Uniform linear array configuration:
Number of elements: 12
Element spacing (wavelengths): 0.25
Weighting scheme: exponential
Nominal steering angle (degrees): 0
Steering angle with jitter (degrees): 1.582
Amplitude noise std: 0.05
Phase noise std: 0.05

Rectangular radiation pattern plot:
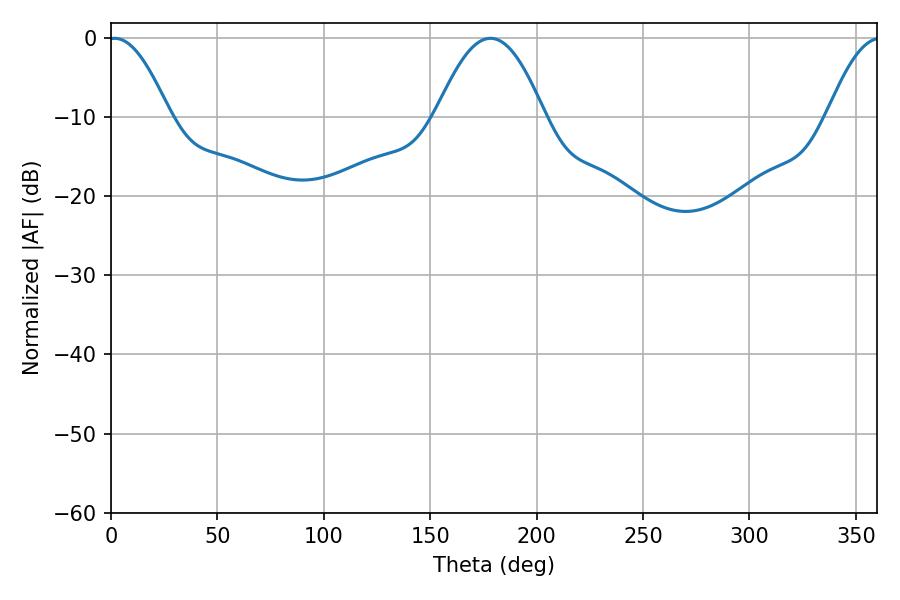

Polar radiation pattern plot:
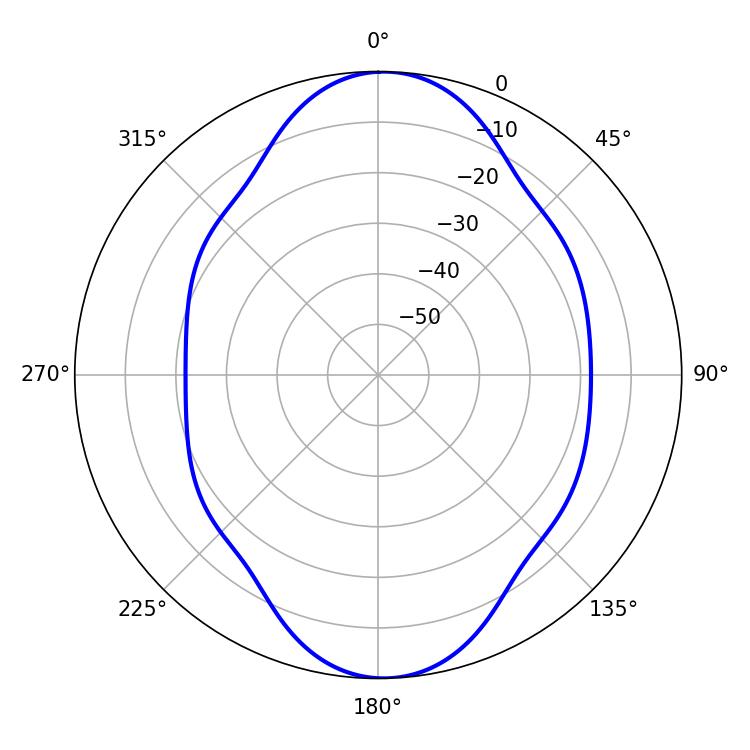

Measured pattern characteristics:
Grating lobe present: FALSE
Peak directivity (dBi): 15.876
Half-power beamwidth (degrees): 15.66
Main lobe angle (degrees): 1.62